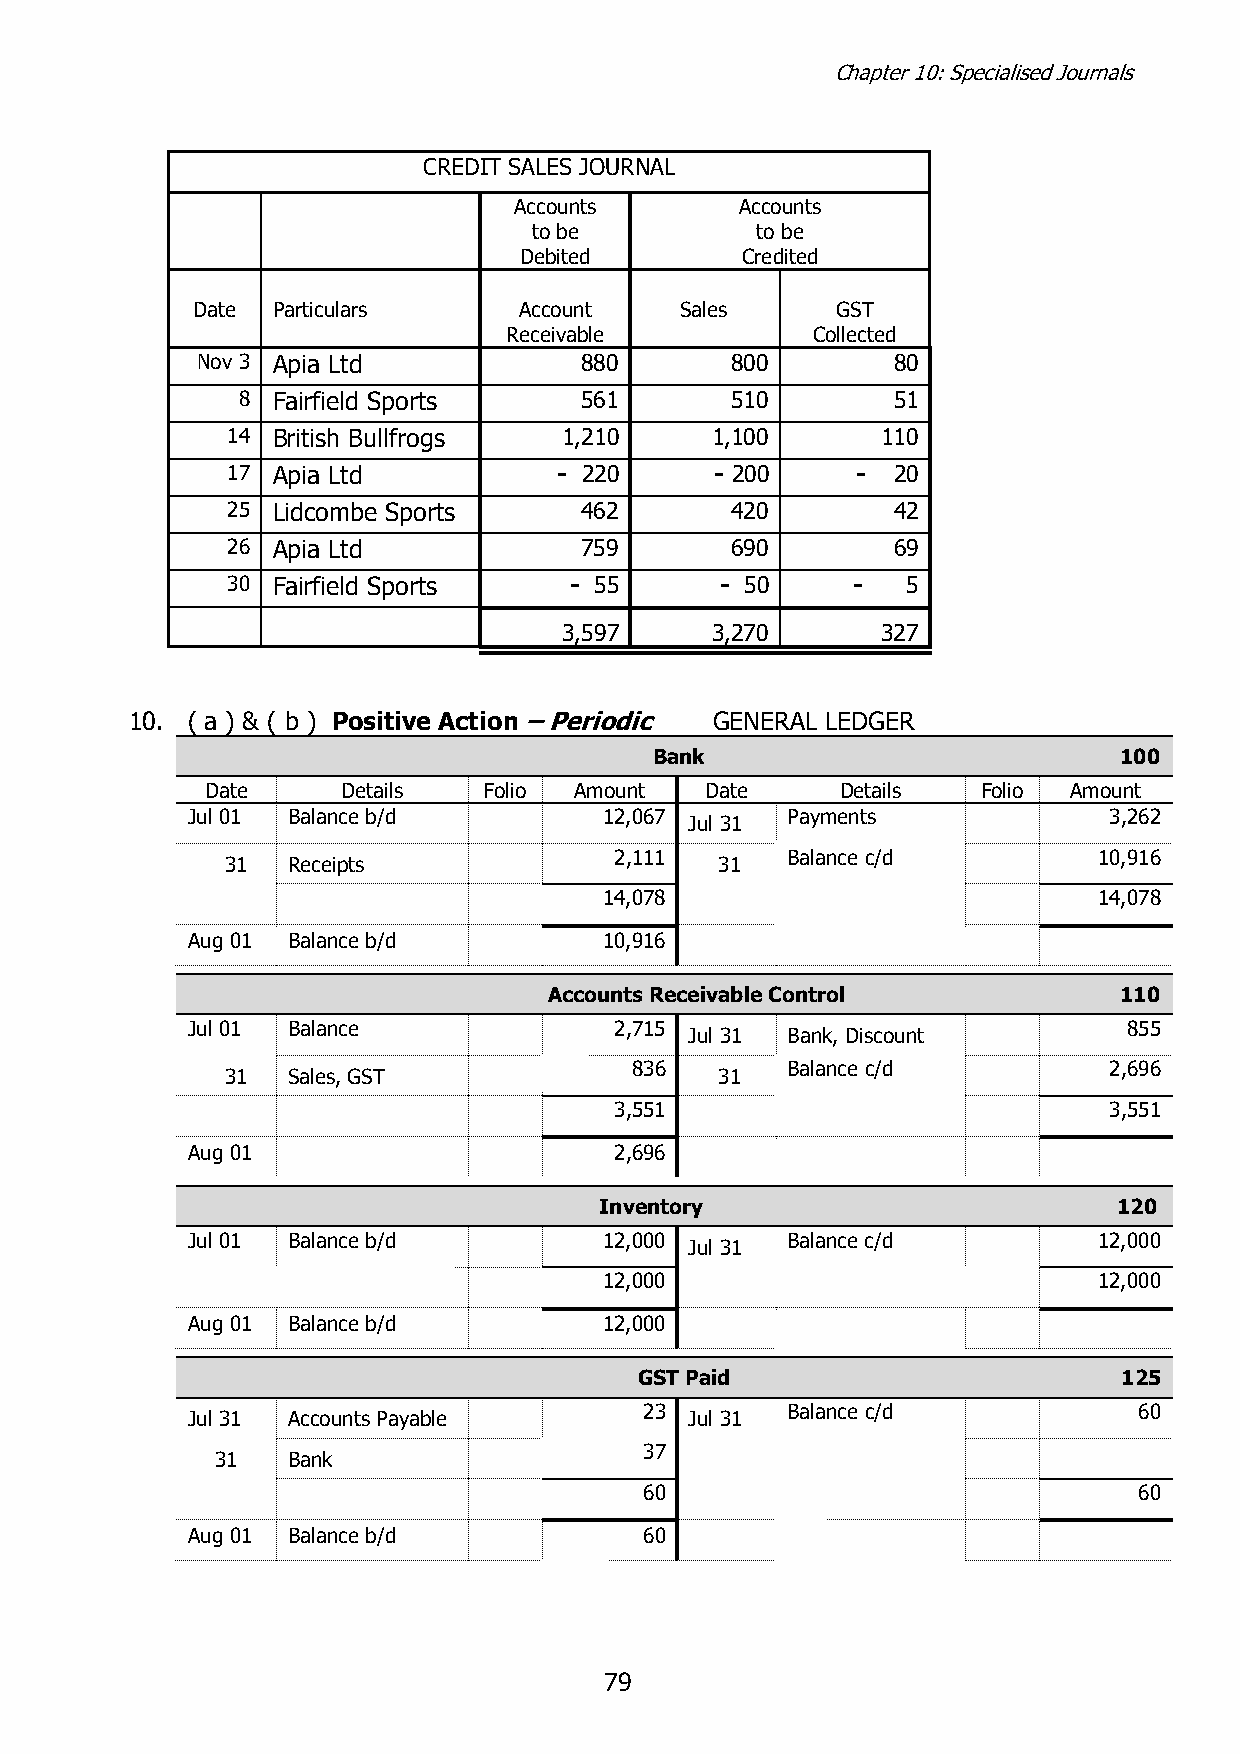
Chapter 10: Specialised Journals
 CREDIT SALES JOURNAL
 Accounts       Accounts
 to be          to be
 Debited        Credited
 Date Particulars     Account    Sales     GST
 Receivable          Collected
 Nov 3 Apia Ltd           880       800        80
 8 Fairfield Sports    561       510        51
 14 British Bullfrogs  1,210     1,100      110
 17 Apia Ltd           - 220     - 200     - 20
 25 Lidcombe Sports     462       420        42
 26 Apia Ltd            759       690        69
 30 Fairfield Sports    - 55      - 50    -   5
 3,597     3,270      327
 10. ( a ) & ( b ) Positive Action – Periodic GENERAL LEDGER
 Bank                           100
 Date     Details  Folio Amount   Date     Details  Folio Amount
 Jul 01 Balance b/d          12,067      Payments             3,262
 Jul 31
 2,111      Balance c/d          10,916
 31  Receipts                     31
 14,078                           14,078
 Aug 01 Balance b/d          10,916
 Accounts Receivable Control           110
 Jul 01 Balance               2,715                             855
 Jul 31 Bank, Discount
 836       Balance c/d          2,696
 31  Sales, GST                   31
 3,551                           3,551
 Aug 01                       2,696
 Inventory                         120
 Jul 01 Balance b/d          12,000      Balance c/d          12,000
 Jul 31
 12,000                           12,000
 Aug 01 Balance b/d          12,000
 GST Paid                        125
 23       Balance c/d            60
 Jul 31 Accounts Payable           Jul 31
 37
 31   Bank
 60                              60
 Aug 01 Balance b/d             60
 7 9